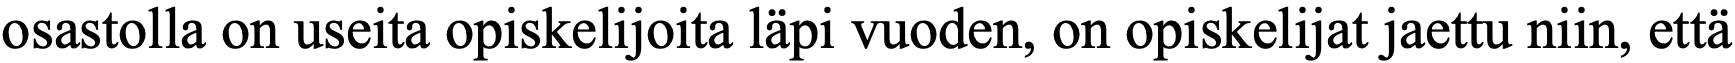
osastolla on useita opiskelijoita läpi vuoden, on opiskelijat jaettu niin, että